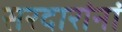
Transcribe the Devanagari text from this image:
सरदारांनां